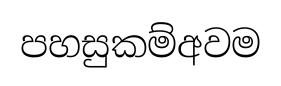
පහසුකම්අවම